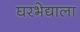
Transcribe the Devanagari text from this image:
घरभेद्याला